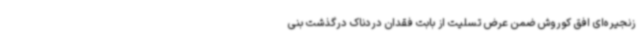
زنجیره‌ای افق کوروش ضمن عرض تسلیت از بابت فقدان دردناک درگذشت بنی